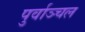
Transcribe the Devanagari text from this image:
पुर्वाञ्चल